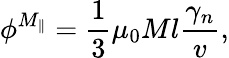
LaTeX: \phi^{M_{\parallel}}={\frac{1}{3}}\mu_{0}Ml\frac{\gamma_{n}}{v},